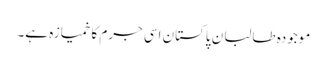
موجودہ طالبان پاکستان اسی جرم کا خمیازہ ہے۔